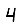
Digit: 4